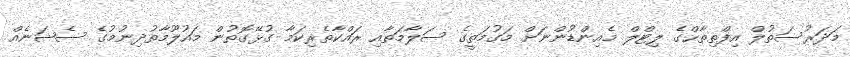
މަދަރުސަތުލް އިފްތިތާޙްގެ ލިޓްލް މެއިންޑުންނަށް މަގުމަތީގެ ސަލާމަތާއި ރައްކާތެރިކަމާ ގުޅޭގޮތުން މައުލޫމާތުދިނުމުގެ ސެޝަނެއް